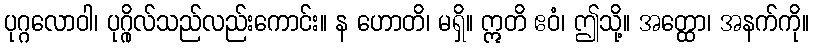
ပုဂ္ဂလောဝါ၊ ပုဂ္ဂိုလ်သည်လည်းကောင်း။ န ဟောတိ၊ မရှိ။ ဣတိ ဧဝံ၊ ဤသို့။ အတ္ထော၊ အနက်ကို။